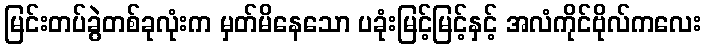
မြင်းတပ်ခွဲတစ်ခုလုံးက မှတ်မိနေသော ပခုံးမြင့်မြင့်နှင့် အလံကိုင်ဗိုလ်ကလေး